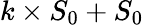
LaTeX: k\times S_{0}+S_{0}